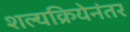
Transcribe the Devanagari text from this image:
शल्यक्रियेनंतर